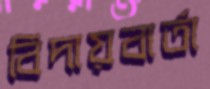
বিদায়বার্তা